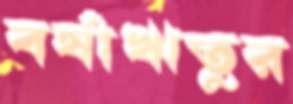
বর্ষাঋতুর